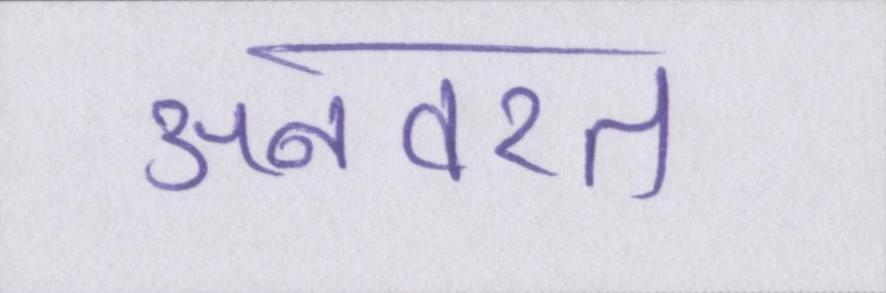
अनवरत